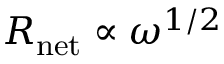
R _ { \mathrm { n e t } } \propto \omega ^ { 1 / 2 }